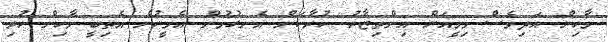
މާހިން އަދިވެސް މިމީއަށް އިންތިޒާރު ކުރާކަން އެނގުމުން އެމީހުން އެތިބީ މާހިން ހުރި